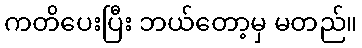
ကတိပေးပြီး ဘယ်တော့မှ မတည်။